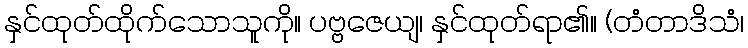
နှင်ထုတ်ထိုက်သောသူကို။ ပဗ္ဗဇေယျ၊ နှင်ထုတ်ရာ၏။ (တံတာဒိသံ၊